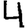
Digit: 4